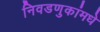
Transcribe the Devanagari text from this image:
निवडणुकांमधे